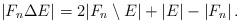
LaTeX: \begin{align*}|F_n\Delta E| = 2 |F_n\setminus E| + |E| - |F_n| \,.\end{align*}